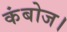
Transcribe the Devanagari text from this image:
कंबोज।